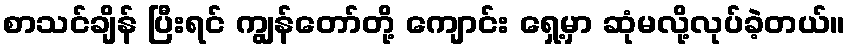
စာသင်ချိန် ပြီးရင် ကျွန်တော်တို့ ကျောင်း ရှေ့မှာ ဆုံမလို့လုပ်ခဲ့တယ်။